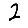
Digit: 2